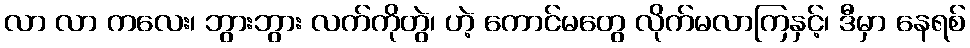
လာ လာ ကလေး၊ ဘွားဘွား လက်ကိုတွဲ၊ ဟဲ့ ကောင်မတွေ လိုက်မလာကြနှင့်၊ ဒီမှာ နေရစ်